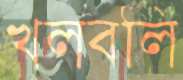
খলবলি